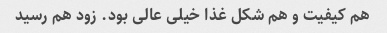
هم کیفیت و هم شکل غذا خیلی عالی بود. زود هم رسید